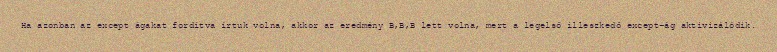
Ha azonban az except ágakat fordítva írtuk volna, akkor az eredmény B,B,B lett volna, mert a legelső illeszkedő except-ág aktivizálódik.